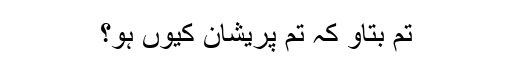
تم بتاؤ کہ تم پریشان کیوں ہو؟